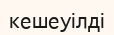
кешеуілді